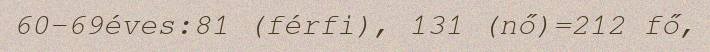
60-69éves:81 (férfi), 131 (nő)=212 fő,